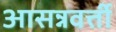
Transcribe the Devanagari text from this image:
आसन्नवर्त्ती